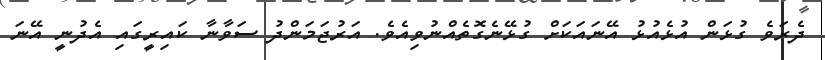
ދެރަވެ ގުޅަން އުޅެއުޅު އޭނައަކަށް ގުޅޭނެގޮތެއްނުވިއެވެ. އަރުޖަމަންދު ސަވާނާ ކައިރީގައި އެދުނީ އޭނަ